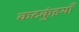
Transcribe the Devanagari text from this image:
कटकुंइयाँ